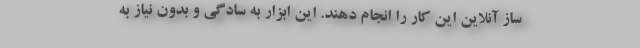
ساز آنلاین این کار را انجام دهند. این ابزار به سادگی و بدون نیاز به